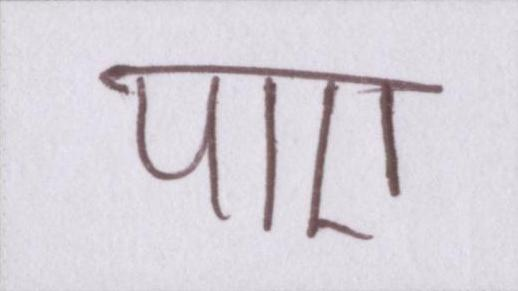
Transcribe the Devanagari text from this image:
पाए